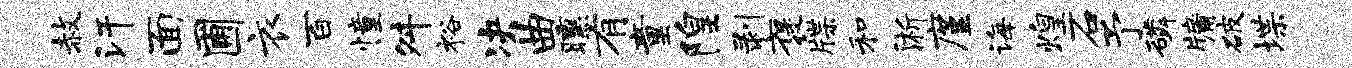
赦汗面圃衣百憧舛裕决曲曛有童隍剥褒牒和淅廑诲煌石予磷牖破堞